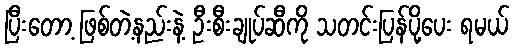
ပြီးတော့ ဖြစ်တဲ့နည်းနဲ့ ဦးစီးချုပ်ဆီကို သတင်းပြန်ပို့ပေး ရမယ်